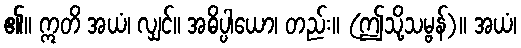
၏။ ဣတိ အယံ၊ လျှင်။ အဓိပ္ပါယော၊ တည်း။ (ဤသို့သမ္ဗန်)။ အယံ၊